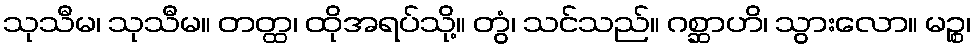
သုသီမ၊ သုသီမ။ တတ္ထ၊ ထိုအရပ်သို့။ တွံ၊ သင်သည်။ ဂစ္ဆာဟိ၊ သွားလော။ မဉ္စ၊